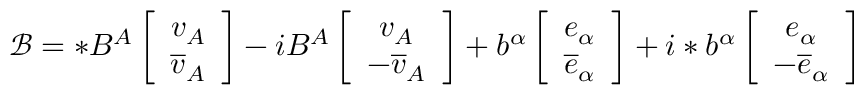
\mathcal { B } = * B ^ { A } \left[ \begin{array} { c } { { v _ { A } } } \\ { { \overline { { { v } } } _ { A } } } \end{array} \right] - i B ^ { A } \left[ \begin{array} { c } { { v _ { A } } } \\ { { - \overline { { { v } } } _ { A } } } \end{array} \right] + b ^ { \alpha } \left[ \begin{array} { c } { { e _ { \alpha } } } \\ { { \overline { { { e } } } _ { \alpha } } } \end{array} \right] + i * b ^ { \alpha } \left[ \begin{array} { c } { { e _ { \alpha } } } \\ { { - \overline { { { e } } } _ { \alpha } } } \end{array} \right]